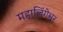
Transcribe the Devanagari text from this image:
महालिंगेश्वर